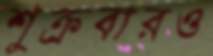
শুক্রবারও